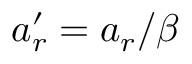
a _ { r } ^ { \prime } = a _ { r } / \beta